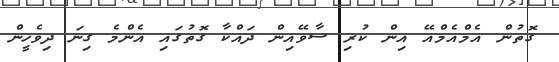
ގޮތުން އެމްއެމްއޭ އިން ކުރި ސާވޭއިން ދައްކާ ގޮތުގައި އެންމެ ގިނަ ދިވެހީން